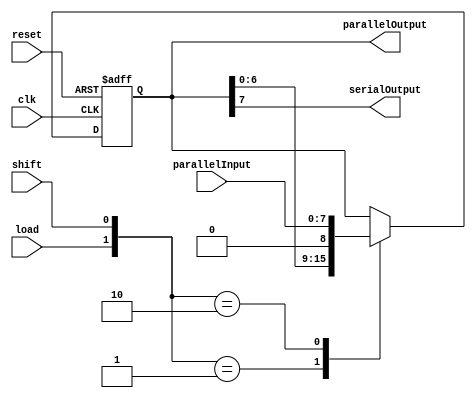
/**************************************************************************************
*	Description
*		This is a Shift Register
*		1.0
*	Author:
*		Ing. Flix Godoy Martnez
*	Date:
*		15/03/21
***************************************************************************************/

module Shift_Register_left
#(
	parameter WORD_LENGTH = 8
)
(
	input clk,
	input reset,
	input load,
	input shift,
	input [WORD_LENGTH - 1 : 0] parallelInput,
	
	output serialOutput,
	output [WORD_LENGTH - 1 : 0] parallelOutput
	

);

reg [WORD_LENGTH - 1 : 0] shiftRegister_logic;


always@(posedge clk, negedge reset) begin
	
	if(reset == 1'b0)
		shiftRegister_logic <= {WORD_LENGTH{1'b0}};
	else
		case ({load, shift})
			2'b01:
				shiftRegister_logic <= {shiftRegister_logic[WORD_LENGTH - 2 : 0], 1'b0};
			2'b10:
				shiftRegister_logic <= parallelInput;
			default:
				shiftRegister_logic <= shiftRegister_logic;
		endcase
end


assign serialOutput = shiftRegister_logic[WORD_LENGTH - 1]; 
assign parallelOutput = shiftRegister_logic;


endmodule